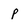
Character: p